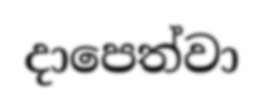
දාපෙත්වා